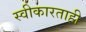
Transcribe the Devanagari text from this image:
स्वीकारताही